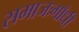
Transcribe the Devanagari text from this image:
समाजःगाँधी